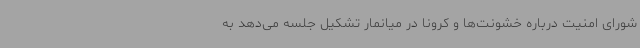
شورای امنیت درباره خشونت‌ها و کرونا در میانمار تشکیل جلسه می‌دهد به